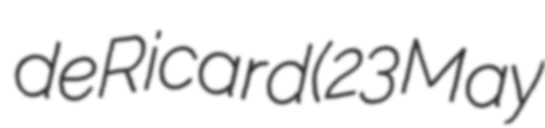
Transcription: de Ricard (23 May